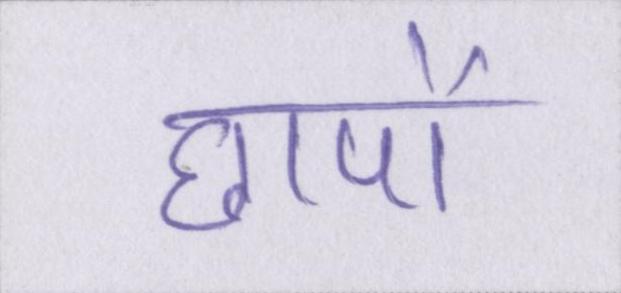
छापों